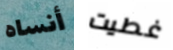
أنساه غطيت